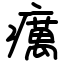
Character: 癘